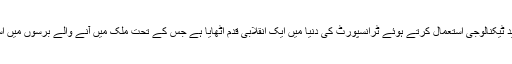
تفصیلات کے مطابق چین کی حکومت نے جدید ٹیکنالوجی استعمال کرتے ہوئے ٹرانسپورٹ کی دنیا میں ایک انقلابی قدم اٹھایا ہے جس کے تحت ملک میں آنے والے برسوں میں اسمارٹ سڑکوں کی تیاری کا اعلان کیا گیا ہے۔